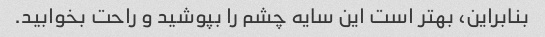
بنابراین، بهتر است این سایه چشم را بپوشید و راحت بخوابید.